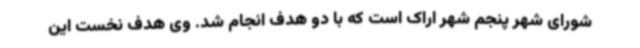
شورای شهر پنجم شهر اراک است که با دو هدف انجام شد. وی هدف نخست این